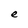
Character: e